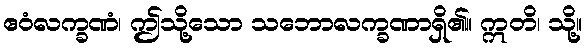
ဧဝံလက္ခဏံ၊ ဤသို့သော သဘောလက္ခဏာရှိ၏။ ဣတိ၊ သို့။